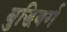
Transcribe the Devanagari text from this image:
बुद्धिवर्ग